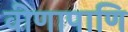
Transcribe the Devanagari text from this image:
वीणापाणि